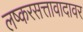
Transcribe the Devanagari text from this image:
लष्करसत्तावादावर